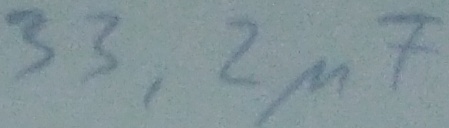
Text: 33,2µF